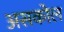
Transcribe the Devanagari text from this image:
असकोल